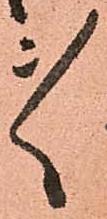
ゝ